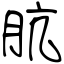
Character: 肮